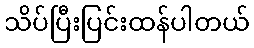
သိပ်ပြီးပြင်းထန်ပါတယ်